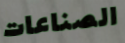
الصناعات